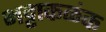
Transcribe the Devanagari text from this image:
भट्टाकळंक